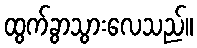
ထွက်ခွာသွားလေသည်။